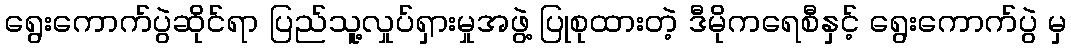
ရွေးကောက်ပွဲဆိုင်ရာ ပြည်သူ့လှုပ်ရှားမှုအဖွဲ့ ပြုစုထားတဲ့ ဒီမိုကရေစီနှင့် ရွေးကောက်ပွဲ မှ